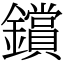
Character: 鑜